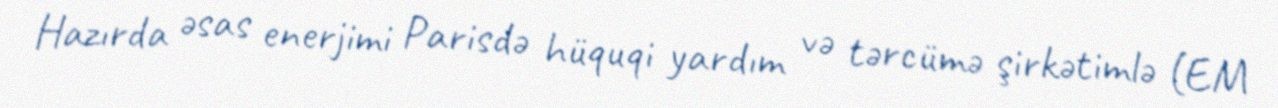
Hazırda əsas enerjimi Parisdə hüquqi yardım və tərcümə şirkətimlə (EM